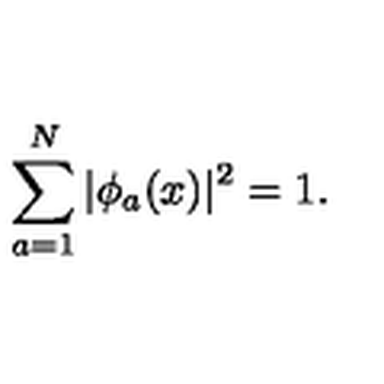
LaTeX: \sum _ { a = 1 } ^ { N } | \phi _ { a } ( x ) | ^ { 2 } = 1 .